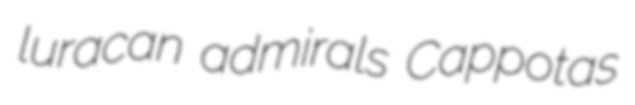
luracan admirals Cappotas